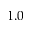
1 . 0